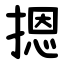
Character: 摁